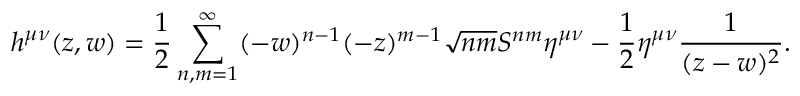
h ^ { \mu \nu } ( z , w ) = \frac { 1 } { 2 } \sum _ { n , m = 1 } ^ { \infty } ( - w ) ^ { n - 1 } ( - z ) ^ { m - 1 } \sqrt { n m } S ^ { n m } \eta ^ { \mu \nu } - \frac { 1 } { 2 } \eta ^ { \mu \nu } \frac { 1 } { ( z - w ) ^ { 2 } } .